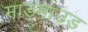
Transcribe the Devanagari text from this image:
माड़माउड